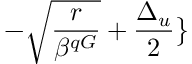
- \sqrt { \frac { r } { \beta ^ { q G } } } + \frac { \Delta _ { u } } { 2 } \big \}